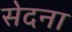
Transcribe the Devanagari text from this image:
सेदना